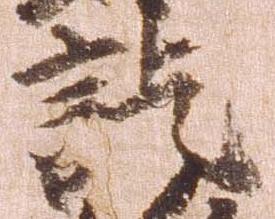
訖